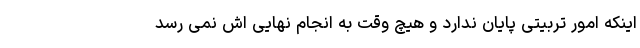
اینکه امور تربیتی پایان ندارد و هیچ وقت به انجام نهایی اش نمی رسد